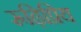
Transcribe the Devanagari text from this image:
रूढ़िप्रिय